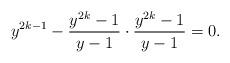
LaTeX: \begin{align*}y^{2k-1}-\frac{y^{2k}-1}{y-1}\cdot\frac{y^{2k}-1}{y-1}=0.\end{align*}